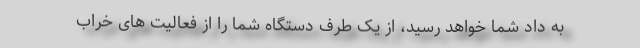
به داد شما خواهد رسید، از یک طرف دستگاه شما را از فعالیت های خراب